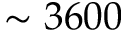
\sim 3 6 0 0